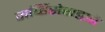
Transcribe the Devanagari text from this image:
सर्व्हिसेसद्वारे